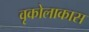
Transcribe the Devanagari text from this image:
वृकोलाकास